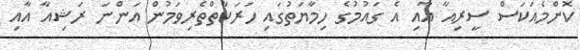
ކޮންމެއަކަސް ސީރިއާ އާއި އެ ގައުމުގެ ހިމާޔަތުގައި ހަރަކާތްތެރިވަމުން އަންނަ ރަޝިއާ އާއި